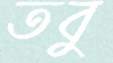
তবু